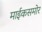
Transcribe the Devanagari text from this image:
माईकसमोर